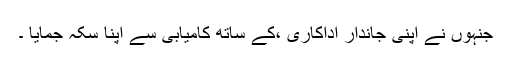
جنہوں نے اپنی جاندار اداکاری ،کے ساتھ کامیابی سے اپنا سکہ جمایا ۔